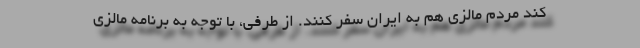
کند مردم مالزی‌ هم به ایران سفر کنند. از طرفی، با توجه به برنامه مالزی